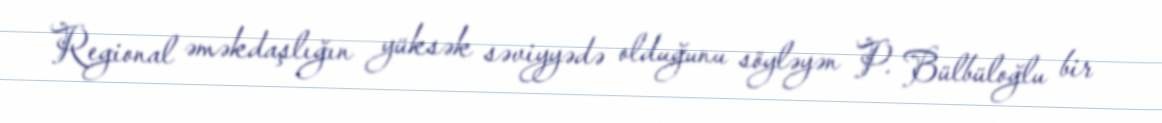
Regional əməkdaşlığın yüksək səviyyədə olduğunu söyləyən P. Bülbüloğlu bir